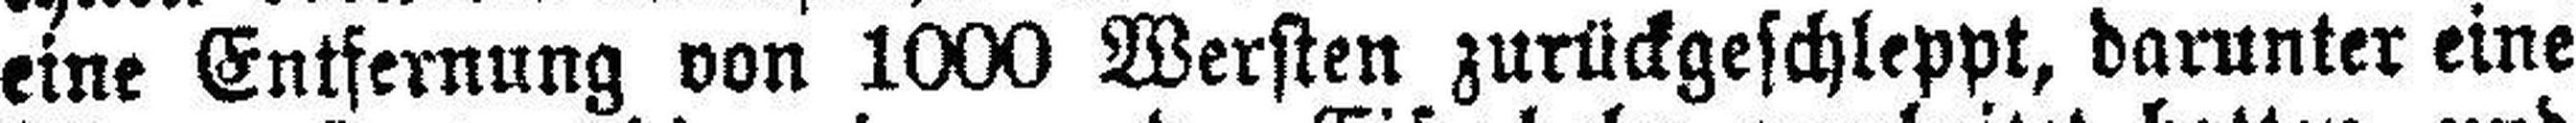
eine Entfernung von 1000 Wersten zurückgeschleppt, darunter eine